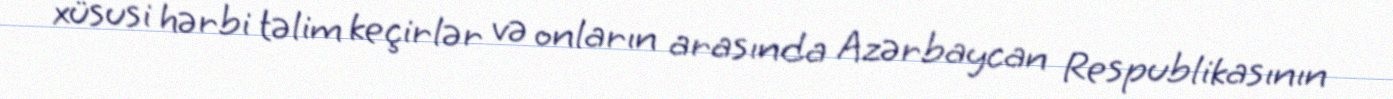
xüsusi hərbi təlim keçirlər və onların arasında Azərbaycan Respublikasının